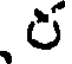
ర